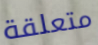
متعلقة